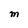
Character: M